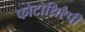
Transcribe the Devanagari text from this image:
फोटोथिरैपी